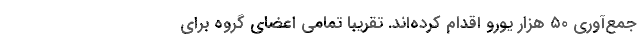
جمع‌آوری ۵۰ هزار یورو اقدام کرده‌اند. تقریبا تمامی اعضای گروه برای